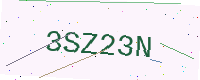
Text: 3SZ23N